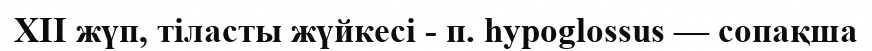
XII жүп, тіласты жүйкесі - п. hypoglossus — сопақша